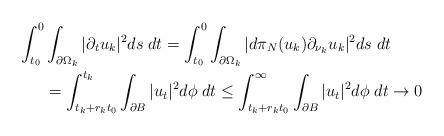
LaTeX: \begin{align*} \int_{t_0}^0&\int_{\partial\Omega_k}|\partial_tu_k|^2ds\;dt =\int_{t_0}^0\int_{\partial\Omega_k}|d\pi_N(u_k)\partial_{\nu_k}u_k|^2ds\;dt\\ &=\int_{t_k+r_kt_0}^{t_k}\int_{\partial B}|u_t|^2d\phi\;dt \le\int_{t_k+r_kt_0}^{\infty}\int_{\partial B}|u_t|^2d\phi\;dt\to 0 \end{align*}